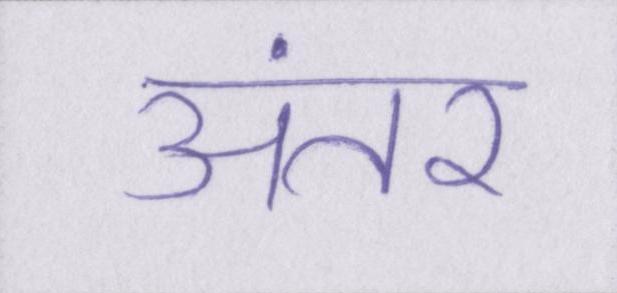
अंतर